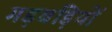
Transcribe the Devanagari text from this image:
गड़बड़ियों